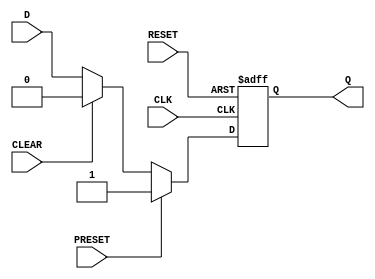
module d_flip_flop (
    input D,
    input CLK,
    input RESET,
    input PRESET,
    input CLEAR,
    output reg Q
);

// Register for storing the data input
reg D_reg;

// Positive edge-triggered D flip-flop behavior
always @(posedge CLK or posedge RESET)
begin
    if(RESET)
        Q <= 1'b0;  // Reset the flip-flop
    else if(PRESET)
        Q <= 1'b1;  // Set the output to predefined value
    else if(CLEAR)
        Q <= 1'b0;  // Set the output to predefined value
    else
        Q <= D_reg;  // Store the input data in the flip-flop
end

// D input registration
always @(D)
begin
    D_reg <= D;  // Register the input data
end

endmodule